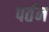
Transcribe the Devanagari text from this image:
पर्तन